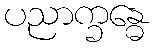
ပညာက္ခန္ဓေ